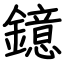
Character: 鐿